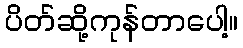
ပိတ်ဆို့ကုန်တာပေါ့။